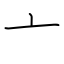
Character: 亠